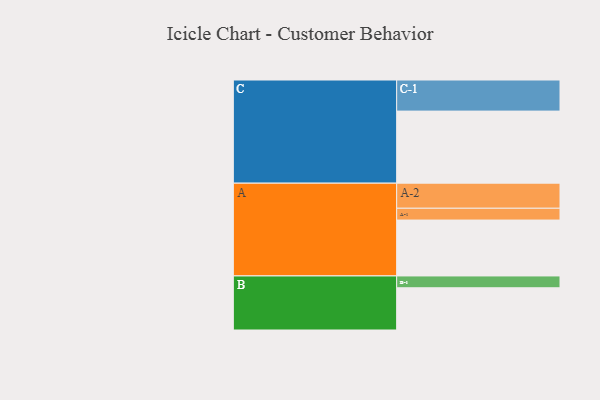
{"axis": {"x": "Segment", "y": "Value"}, "legend": ["", "A", "B", "C"], "data": [{"x": "A", "y": 397, "type": ""}, {"x": "B", "y": 300, "type": ""}, {"x": "C", "y": 512, "type": ""}, {"x": "A-1", "y": 84, "type": "A"}, {"x": "A-2", "y": 178, "type": "A"}, {"x": "B-1", "y": 84, "type": "B"}, {"x": "C-1", "y": 221, "type": "C"}]}